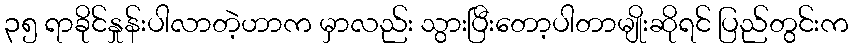
၃၅ ရာခိုင်နှုန်းပါလာတဲ့ဟာက မှာလည်း သွားပြီးတော့ပါတာမျိုးဆိုရင် ပြည်တွင်းက